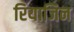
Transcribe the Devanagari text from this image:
रियाजिन